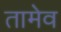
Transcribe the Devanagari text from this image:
तामेव